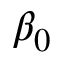
\beta _ { 0 }